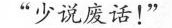
“少说废话!”